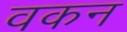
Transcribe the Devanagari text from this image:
वकन